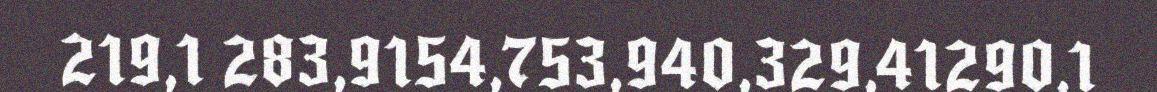
219,1 283,9154,753,940,329,41290,1